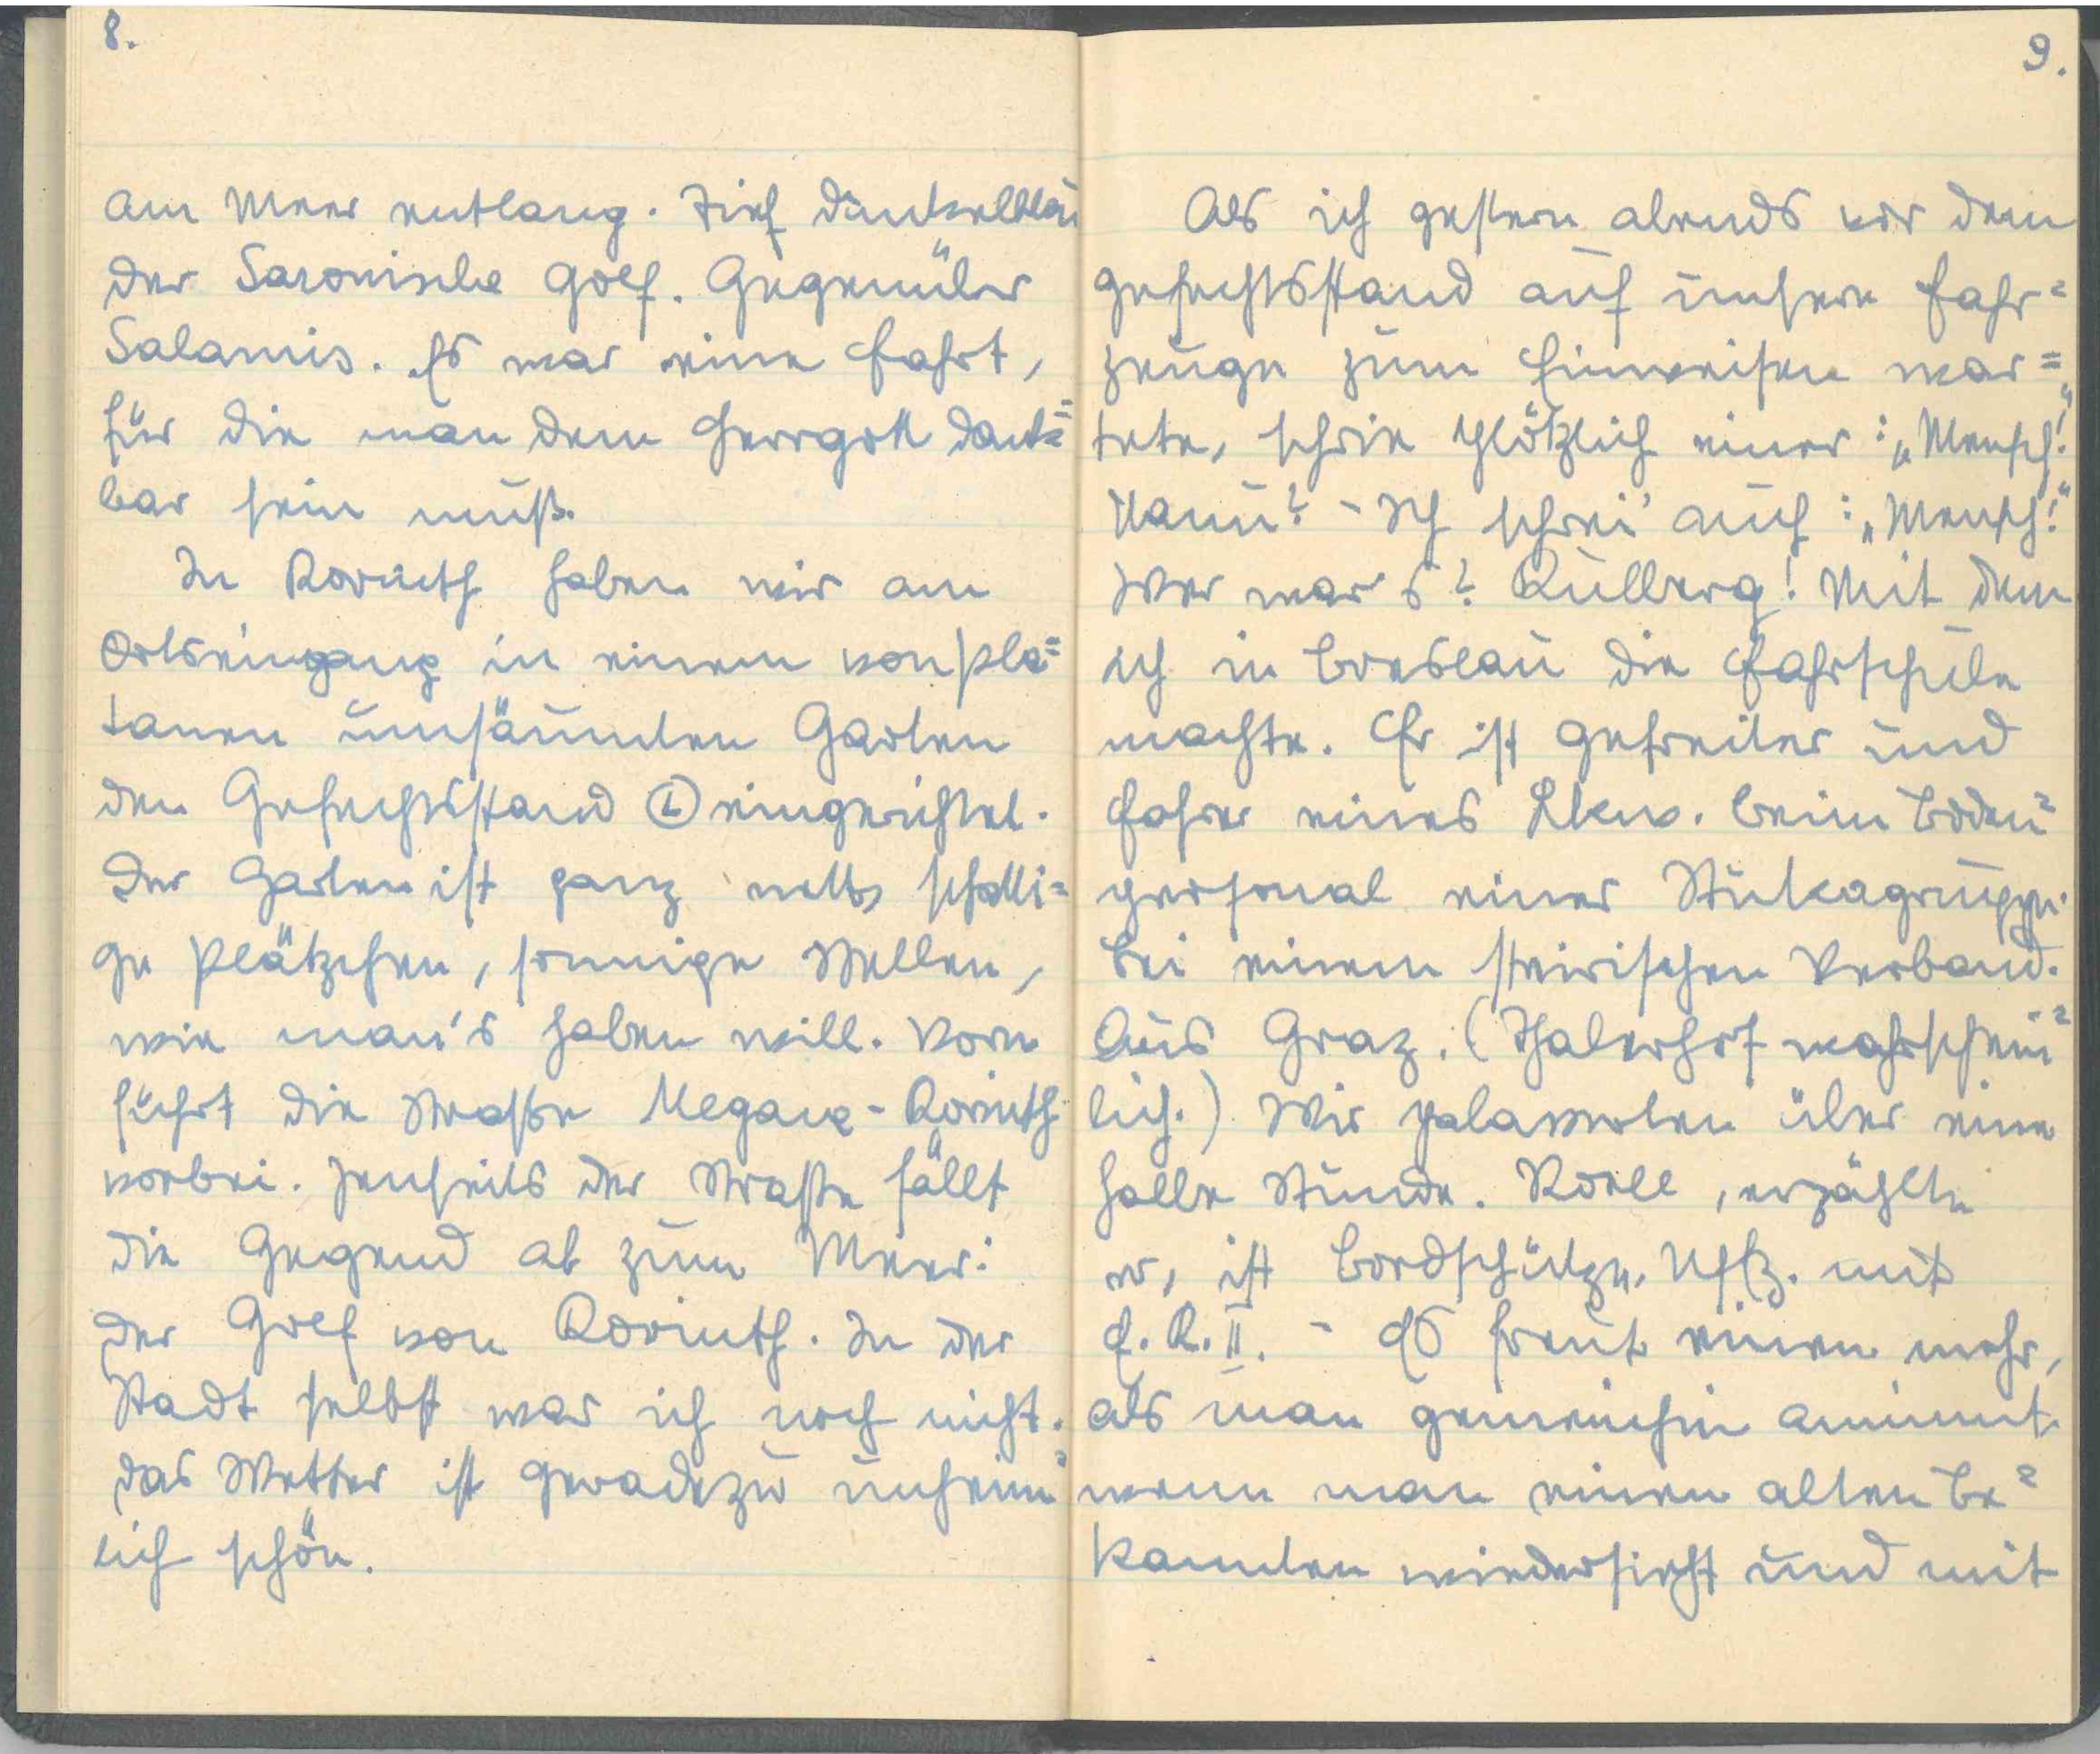
8.
am Meer entlang. Tief dunkelblau
der Saronische Golf. Gegenüber
Salamis. Es war eine Fahrt,
für die man den Herrgott dank¬
bar sein muß.
In Korinth haben wir am
Ortseingang in einem von Pla¬
tanen umsäumten Garten
den Gefechtsstand (L) eingerichtet.
Der Garten ist ganz nett, schatti¬
ge Plätzchen, sonnige Wellen,
wie man's haben will. Vorn
führt die Straße Megara - Korinth
vorbei. Jenseits der Straße fällt
die Gegend ab zum Meer:
Der Golf von Korinth. In der
Stadt selbst war ich noch nicht.
Das Wetter ist geradezu unheim¬
lich schön.

9.
Als ich gestern abends vor dem
Gefechtsstand auf unsere Fahr¬
zeuge zum Einweisen war¬
tete, schrie plötzlich einer: "Mensch!"
Nanu? - ich schrie auch: "Mensch!"
wer war s? Kulberg! Mit dem
ich in Breslau die Fahrschule
machte. Er ist gefreiter und
Fahrer eines Lkw. beim Boden¬
personal einer Stukagruppe.
Bei einem steirischen Verband.
Aus Graz, (Thalerhof wahrschein¬
lich.) Wir palawern über eine
halbe Stunde. Roell erzählte
er, ist Bordschütze, Uffz. mit
E.K. II. Es freut einen mehr
als man gemeinhin annimmt,
wenn man einen alten Be¬
kannten wiedersieht und mit